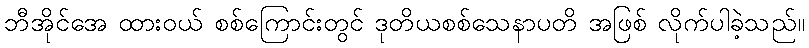
ဘီအိုင်အေ ထားဝယ် စစ်ကြောင်းတွင် ဒုတိယစစ်သေနာပတိ အဖြစ် လိုက်ပါခဲ့သည်။